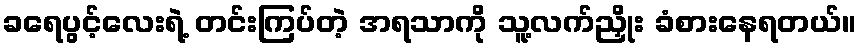
ခရေပွင့်လေးရဲ့ တင်းကြပ်တဲ့ အရသာကို သူ့လက်ညှိုး ခံစားနေရတယ်။